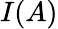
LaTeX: I(A)